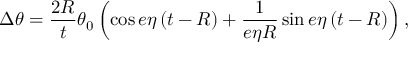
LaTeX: \Delta \theta = \frac { 2 R } { t } \theta _ { 0 } \left( \cos e \eta \left( t - R \right) + \frac { 1 } { e \eta R } \sin e \eta \left( t - R \right) \right) ,